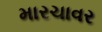
મારચાવર